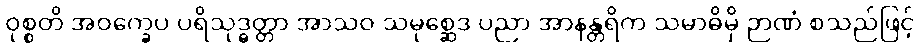
ဝုစ္စတိ အဝက္ခေပ ပရိသုဒ္ဓတ္တာ အာသဝ သမုစ္ဆေဒ ပညာ အာနန္တရိက သမာဓိမှိ ဉာဏံ စသည်ဖြင့်